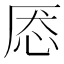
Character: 𰑕